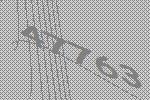
47763